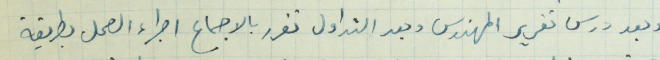
وبعد درس تقرير المهندس وبعد التداول تقرر بالاجماع اجراء العمل بطريقة